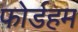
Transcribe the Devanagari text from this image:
फोर्डहम